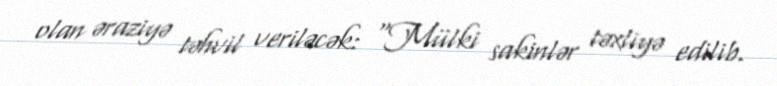
olan əraziyə təhvil veriləcək: “Mülki sakinlər təxliyə edilib.